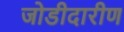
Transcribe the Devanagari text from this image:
जोडीदारीण